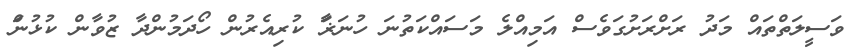
ވަސީލަތްތައް މަދު ރަށްރަށުގަވެސް އަމިއްލެ މަސައްކަތުނަ ހުނަޜަާ ކުރިއެރުން ހޯދަމުންދާ ޒުވާން ކުޅުނަް